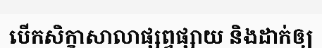
បើកសិក្ខាសាលាផ្សព្វផ្សាយ និងដាក់ឲ្យ